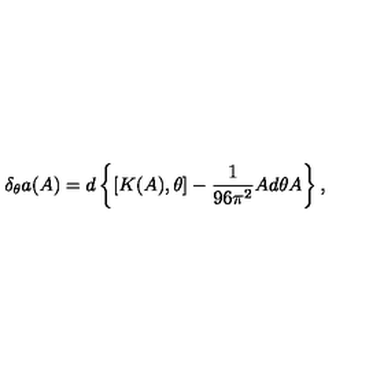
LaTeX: \delta _ { \theta } a ( A ) = d \left\{ [ K ( A ) , \theta ] - \frac { 1 } { 9 6 \pi ^ { 2 } } A d \theta A \right\} ,